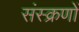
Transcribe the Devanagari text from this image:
संस्क्रणों